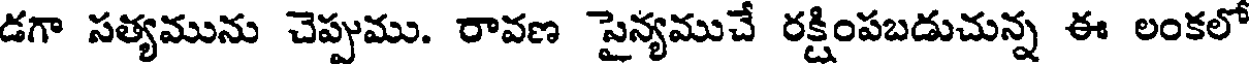
డగా సత్యమును చెప్పుము. రావణ సైన్యముచే రక్షింపబడుచున్న ఈ లంకలో